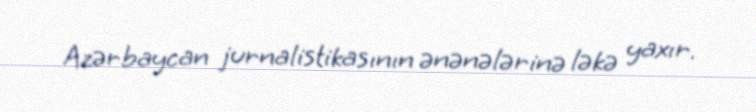
Azərbaycan jurnalistikasının ənənələrinə ləkə yaxır.